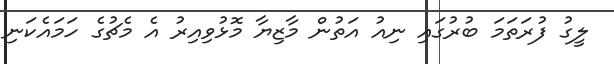
ލީގު ފުރަތަމަ ބުރުގައި ނިއު އަތުން މާޒިޔާ މޮޅުވިއިރު އެ މެޗުގެ ހަމައެކަނި